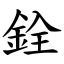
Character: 銓